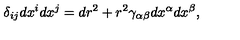
\delta _ { i j } d x ^ { i } d x ^ { j } = d r ^ { 2 } + r ^ { 2 } \gamma _ { \alpha \beta } d x ^ { \alpha } d x ^ { \beta } ,